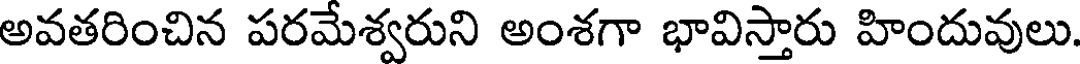
అవతరించిన పరమేశ్వరుని అంశగా భావిస్తారు హిందువులు